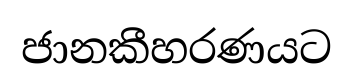
ජානකීහරණයට